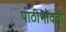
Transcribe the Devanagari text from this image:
पाठीभोवती